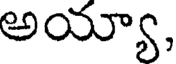
అయ్యా,